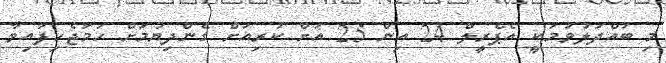
މި ބައްދަލުވުމަކީ އެޕްރީލް 24 އިން 25 އަށް ކުރިއަށް ގެންދިޔުމަށް ހަމަޖެހިފައިވާ